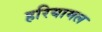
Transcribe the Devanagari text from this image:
हरियामल